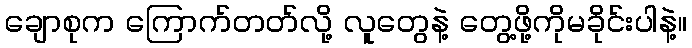
ချောစုက ကြောက်တတ်လို့ လူတွေနဲ့ တွေ့ဖို့ကိုမခိုင်းပါနဲ့။